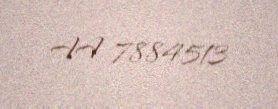
AA 7884513